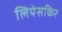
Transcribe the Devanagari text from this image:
लियेसकिर